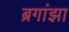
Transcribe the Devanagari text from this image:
ब्रगांझा